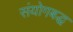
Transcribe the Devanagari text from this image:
संयोगबद्ध